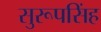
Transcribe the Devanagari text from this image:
सुरूपसिंह